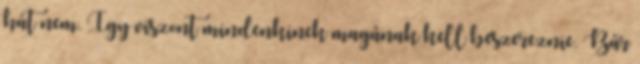
hát nem. Így viszont mindenkinek magának kell beszereznie. Bár